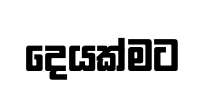
දෙයක්මට